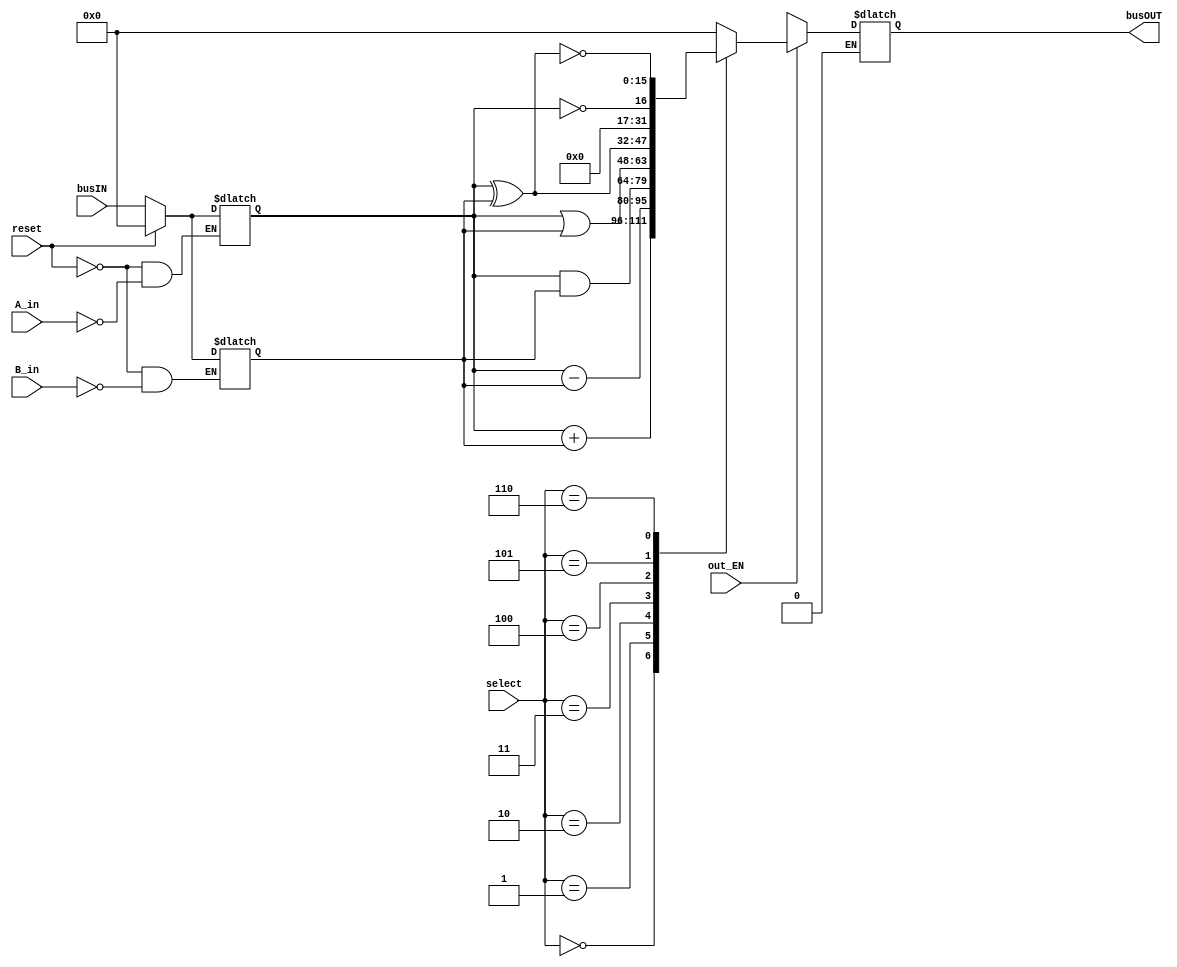
//William Taylor
//System Synthesis and Modeling
//Fall 2020
//University of Arkansas
//williamtaylor@ieee.org || wjtaylor@uark.edu
module ALU(
	input out_EN,reset,A_in,B_in,
        input [15:0] busIN,			//Bus Input
        input [2:0] select,			//Selection	
	output reg [15:0] busOUT		//Output to Bus    
	);
    	reg [15:0] ALU_Result, A, B;

	always @(*)
	begin
		if (reset == 1) 
			A <= 16'b0000000000000000; 
		else if (A_in) 
			A <= busIN;
	end

	
	always @(*)
	begin
		if (reset == 1) 
			B <= 16'b0000000000000000; 
		else if (B_in) 
			B <= busIN;
	end

    always @(*)
    begin
        case(select)
        3'b000: ALU_Result = A + B; 			//Add
	3'b001: ALU_Result = A - B;			//Subtract
        3'b010: ALU_Result = A & B;			//AND
        3'b011: ALU_Result = A | B;			//OR
        3'b100: ALU_Result = A ^ B;			//XOR
        3'b101: ALU_Result = !A;			//NOT
        3'b110: ALU_Result = ~(A ^ B);			//XNOR
        default: ALU_Result = 16'b0000000000000000; 
        endcase

	if (out_EN == 1)	begin
		busOUT <= ALU_Result; 
		end
	else if (out_EN == 0) begin
		busOUT <= 16'bZZZZZZZZZZZZZZZZ; 
		end
    end
endmodule